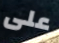
على